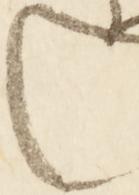
し